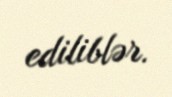
ediliblər.